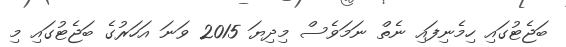
ބަޖެޓުގައި ހިމެނިފައި ނެތް ނަަމަވެސް މިދިޔަ 2015 ވަނަ އަހަރުގެ ބަޖެޓުގައި މި